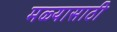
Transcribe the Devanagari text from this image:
मळ्यासाठी